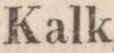
Kalk